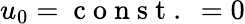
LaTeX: u_{0}=\mathrm{~c~o~n~s~t~.~}=0